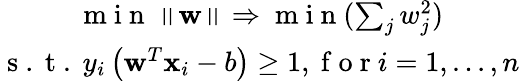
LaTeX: \begin{array}{c}{\mathrm{~m~i~n~}\left\| \mathbf{w}\right\| \Rightarrow\mathrm{~m~i~n~}(\sum_{j}w_{j}^{2})}\\ {\mathrm{~s~.~t~.~}y_{i}\left(\mathbf{w}^{T}\mathbf{x}_{i}-b\right)\geq 1,\mathrm{~f~o~r~}i=1,...,n}\end{array}